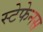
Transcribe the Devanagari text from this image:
स्टेफेनस